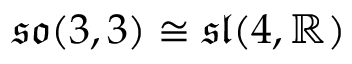
{ \mathfrak { s o } } ( 3 , 3 ) \cong { \mathfrak { s l } } ( 4 , \mathbb { R } )